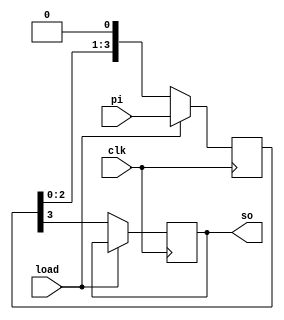
module piso (
    input [3:0] pi, input clk, load, output reg so
);
   reg [3:0] temp=0;
   always @(posedge clk) begin
    if(load)
    temp <= pi;
    else begin
        so <= temp[3];
        temp <= {temp[2:0], 1'b0};
    end
   end
endmodule